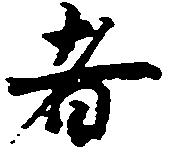
者